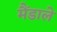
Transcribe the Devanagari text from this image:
मैंडाले